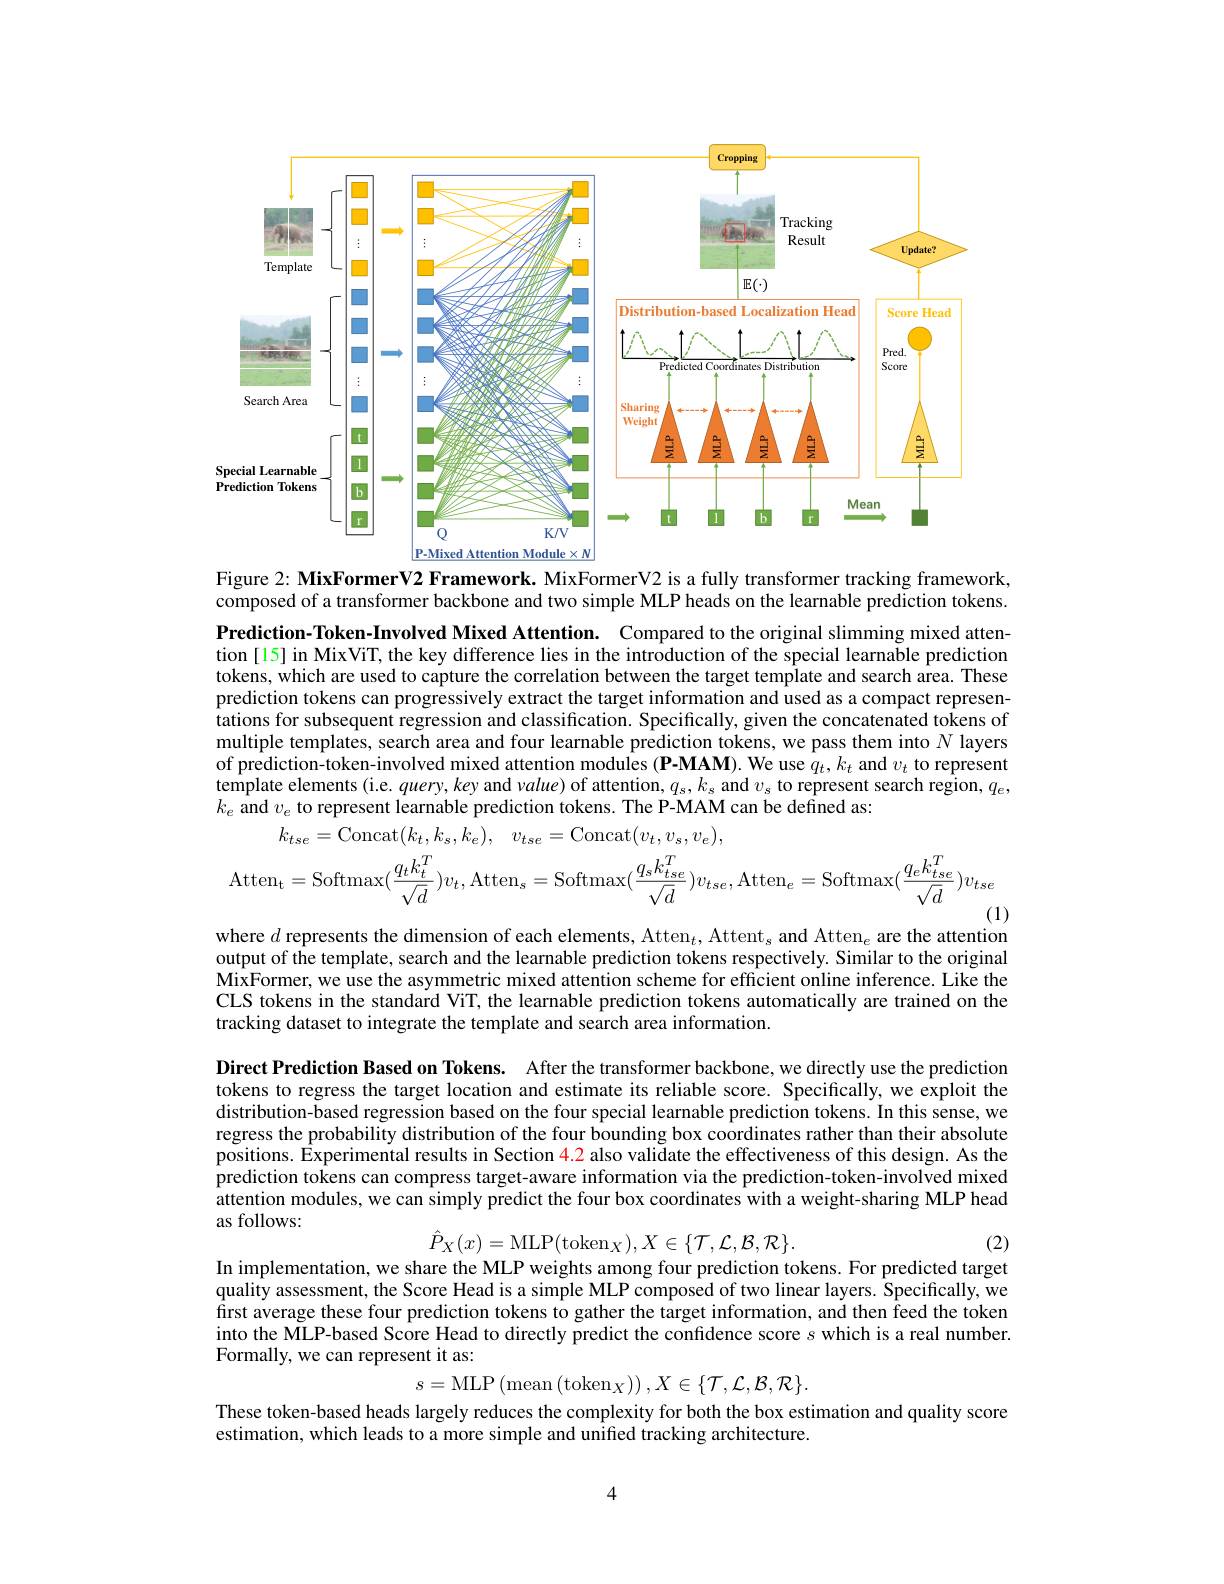
<FigureHere>
Figure 2: MixFormerV2 Framework. MixFormerV2 is a fully transformer tracking framework,

composed of a transformer backbone and two simple MLP heads on the learnable prediction tokens.

Prediction-Token-Involved Mixed Attention. Compared to the original slimming mixed attention [15] in MixViT, the key difference lies in the introduction of the special learnable prediction tokens, which are used to capture the correlation between the target template and search area. These prediction tokens can progressively extract the target information and used as a compact representations for subsequent regression and classification. Specifically, given the concatenated tokens of multiple templates, search area and four learnable prediction tokens, we pass them into $N$ layers of prediction-token-involved mixed attention modules (P-MAM). We use $q_t,k_t$ and $v_t$ to represent template elements (i.e. $query,ke$y and value) of attention, $q_s,k_s$ and $v_s$ to represent search region, $q_e$, $k_e$ and $v_e$ to represent learnable prediction tokens. The P-MAM can be defined as:
$$\begin{aligned}k_{tse}&=\mathrm{Concat}(k_{t},k_{s},k_{e}),\quad v_{tse}=\mathrm{Concat}(v_{t},v_{s},v_{e}),\\\mathrm{Atten}_{\mathrm{t}}&=\mathrm{Softmax}(\frac{q_{t}k_{t}^{T}}{\sqrt{d}})v_{t},\mathrm{Atten}_{s}=\mathrm{Softmax}(\frac{q_{s}k_{tse}^{T}}{\sqrt{d}})v_{tse},\mathrm{Atten}_{e}=\mathrm{Softmax}(\frac{q_{e}k_{tse}^{T}}{\sqrt{d}})v_{tse}\end{aligned}$$
where $d$ represents the dimension of each elements, Atten$_t$, Attent$_s$ and Atten$_e$ are the attention

output of the template, search and the learnable prediction tokens respectively. Similar to the original $\hat{\text{MixFormer, we use the asymmetric mixed attention scheme for efficient online inference. Like the}}$ CLS tokens in the standard ViT, the learnable prediction tokens automatically are trained on the tracking dataset to integrate the template and search area information.

Direct Prediction Based on Tokens. After the transformer backbone, we directly use the prediction tokens to regress the target location and estimate its reliable score. Specifically, we exploit the distribution-based regression based on the four special learnable prediction tokens. In this sense, we regress the probability distribution of the four bounding box coordinates rather than their absolute positions. Experimental results in Section $\color{red}{4.2}$ also validate the effectiveness of this design. As the prediction tokens can compress target-aware information via the prediction-token-involved mixed attention modules, we can simply predict the four box coordinates with a weight-sharing MLP head as follows:
$$\hat{P}_{X}(x)=\mathrm{MLP}(\mathrm{token}_{X}),X\in\{\mathcal{T},\mathcal{L},\mathcal{B},\mathcal{R}\}.$$
In implementation, we share the MLP weights among four prediction tokens. For predicted target

(2)

quality assessment, the Score Head is a simple MLP composed of two linear layers. Specifically, we first average these four prediction tokens to gather the target information, and then feed the token into the MLP-based Score Head to directly predict the confdence score $s$ which is a real number. Formally, we can represent it as:
$$s=\mathrm{MLP}\left(\mathrm{mean}\left(\mathrm{token}_{X}\right)\right),X\in\{\mathcal{T},\mathcal{L},\mathcal{B},\mathcal{R}\}.$$
These token-based heads largely reduces the complexity for both the box estimation and quality score
estimation, which leads to a more simple and unified tracking architecture.

4